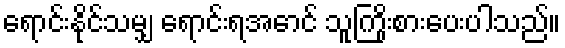
ရောင်းနိုင်သမျှ ရောင်းရအောင် သူကြိုးစားပေးပါသည်။